Vital statistics of India. Vol. IV, Annual returns from 1871 to 1876. British Army of India, Native Army and jails of Bengal
Year: 1871
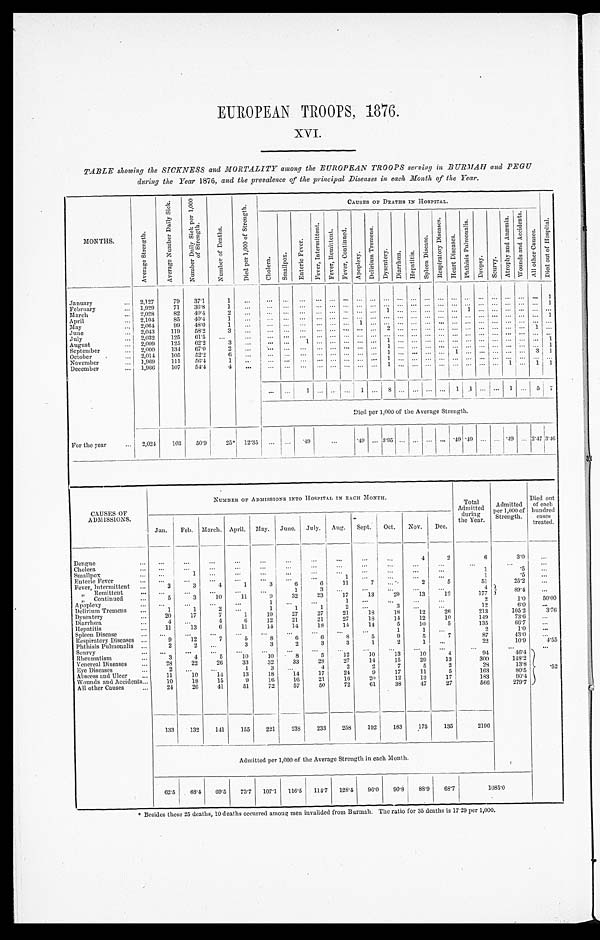
EUROPEAN TROOPS, 1876.
XVI.
TABLE showing the SICKNESS and MORTALITY among the EUROPEAN TROOPS serving in BURMAH and PEGU
during the Year 1876, and the prevalence of the principal Diseases in each Month of the Year.
MONTHS .
A v e r a g e S t r e n g t h .
A v e r a g e N u m b e r D a i l y
S i c k .
N u m b e r D a i l y S i c k p e r 1 , 0 0 0 o f S t r e n g t h .
N u m b e r o f D e a t h s .
D i e d p e r 1 , 0 0 0 o f
S t r e n g t h .
CAUSES OF DEATHS IN HOSPITAL.
C h o l e r a .
S m a l l p o x .
E n t e r i c F e v e r .
F e v e r , I n t e r m i t t e n t .
F e v e r e s , R e m i t t e n t . F e v e r , C o n t i n u e d .
A p o p l e x y .
D e l i r i u m T r e m e n s .
D y s e n t e r y . D i a r r h œ a .
H e p a t i t i s .
S p l e e n D i s e a s e .
R e s p i r a t o r y D i s e a s e s . H e a r t D i s e a s e s .
P h t h s i s P u l m o n a l i s .
D r o p s y .
S c u r v y .
A t r o p h y a n d
A n æ m i a .
W o u n d s a n d A c c i d e n t s .
A l l o t h e r C a u s e s . D i e d o u t o f H o s p i t a l .
January
... 2,127
79
37.1
1
...
...
. . .
... ...
. . .
... ... ... ... ...
. . .
... ...
. . .
. . .
. . . . . . . . . . . .
. . .
1
February
... 1,929
71
36.8
1
...
. . .
. . .
. . . . . .
. . . . . . . . . . . .
. . . . . . . . . .
. . . . . . . . . . . .
. . . . . . . . . . . .
. . .
1
March
... 2,028
82
40.4
2
...
. . .
. . .
. . .
. . .
. . . . . . . . . . . .
1 . . . . . .
. . . . . . . . . 1
. . . . . . . . . . . .
. . .
. . .
April
. . . 2,104
85
40.4
1
. . . ... ...
. . .
. . . ... ... ...
. . . ... ...
. . . ...
. . . . . . ... ... ... ... ...
. . .
1
May
...
2 , 0 6 4
99
48.0
1
...
... ...
. . . ...
. . . ...
1 . . .
. . . . . . . . .
. . . ...
... ... ... ...
. . . . . . ... ...
June
... . 2,043
119
58.2
3
. . . . . .
. . .
. . . . . .
. . . . . . . . . . . . 2
. . . . . .
. . . . . . . . . . . . . . .
. . . . . . . . .
1
. . .
July
... 2,032
125
61.5
...
...
... ...
. . . ...
. . . . . . . . . ... ... ... ...
. . . . . . ... ... ...
. . . ... ...
. . .
. . .
August
... 2,009
125
62.2
3
...
... ...
1 . . .
. . . ...
. . . ...
1 . . . . . .
. . . . . . . . . . . . . . .
. . . . . . . . .
. . .
1
Sept ember
. . . 2,000
134
67.0
2
. . . ... ...
. . . ... ...
. . . ... ...
1 . . . . . .
. . . . . . ... ... . . . ... ...
. . .
. . .
1
October
. . . 2,014
105
52.2
6
. . . ...
. . . ... ...
. . . ...
. . . ...
1 . . . . . .
. . . . . . 1 . . . . . .
. . . . . . . . .
3 1
November
... 1,969
111
56.4
1
. . .
. . .
. . .
. . . . . . . . . . . .
. . . ...
1 . . . . . .
. . . . . . . . . . . .
. . . ... ... ... ... ...
December
... 1,966
107
54.4
4
. . .
. . .
. . .
. . . . . . . . . . . . . . . . . .
1 ...
. . .
... ... ... ... ... ... 1 ... 1 1
... ...
l
. . . . . . . . . 1 . . .
8 . . . . . .
. . . . . .
1
1
. . . . . . 1 . . . 5 7
Died per 1,000 of the Average Strength.
For the year
... 2,024
103
50.9
25* 12.35
. . .
...
. 4 9
. . . . 4 9 ... 3.95 ... ... ... ...
. 4 9 . 4 9
. . . ...
. 4 9 ... 2.47 3.46
CAUSES OF
ADMISSIONS.
NUMBER OF ADMISSIONS INTO HOSPITAL IN EACH MONTH.
Total
Admitted
during
the Year.
Admitted
per 1,000 of
Strength.
Died out
of' each
hundred cases
treated.
Jan.
Feb. March. April. May. June. July. Aug. Sept. Oct.
Nov.
Dec.
Dengue
...
...
...
. . .
...
...
...
...
...
. . .
...
4
2
6
3.0
...
Cholera
...
...
...
...
. . .
. . .
...
. . .
. . .
. . .
...
...
. . .
...
. . .
. . .
Smallpox
. . .
. . .
1
. . .
...
. . .
. . .
. . . ...
. . .
...
...
...
. 1
. 5
. . .
Enteric Fever
...
...
...
...
...
...
...
...
1
...
...
...
...
1
. 5
. . .
Fever, Intermittent
. . .
3
3
4
1
3
6
6
11
7
. . .
2
5
51
25.2
. . .
,,
Remittent
...
...
...
..,
...
...
1
3
. . . ...
...
...
...
4
89.4
5 0 . 0 0
„ Continued
...
5
3
10
11
9
32
23
17
13
29
13
12
177
Apoplexy
...
...
...
...
. . .
1
. . . ...
1
. . . ...
. . .
. . .
2
1.0
50.00
Delirium Tremens
...
1
1
2
. . .
1
1
1
2
. . .
3
. . . ...
12
6 . 0
...
Dysentery
. . .
20
17
7
1
19
27
27
21
18
18
12
26
213
105.2
3 . 7 6
Diarrhœa
...
4
. . .
4
6
12
21
21
27
18
14
12
10
149
73.6
. . .
Hepatitis
. . .
11
13
6
11
14
14
18
14
14
5
10
5
135
66.7
. . .
Spleen Disease
. . .
. . .
. . .
. . .
. . .
. . .
. . . ...
...
...
1
1
. . .
2
1.0
...
Respiratory Diseases
...
9
12
7
5
8
6
6
8
5
9
5
7
87
43.0
. . .
Phthisis Pulmonalis ...
2
2
. . .
3
3
2
3
3
1
2
1
. . .
22
10'9
4'55
Scurvy
...
...
. . .
. . .
. . .
. . .
. . .
. . .
. . .
. . .
. . .
. . .
. . .
. . .
...
...
Rheumatism
...
3
4
5
10
10
8
5
12
1 0
13
10
4
94
46.4
. 5 2
Venereal Diseases
. . .
28
22
26
33
32
33
28
27
14
15
29
13
300
148.2
Eye Diseases
...
2
. . .
. . .
1
3 . . .
4
2
2
7
5
2
29
13'8
Abscess and Ulcer
...
11
10
14
13
18
14
17
24
9
17
11
5
163
80'5
Wounds and Accidents...
10
18
35
9
16
16
21
16
20
12
13
17
183
90'4
All other Causes
...
24
20
41
51
72
57
50
72
61
38
47
27
566
279'7
133
132
141
155
221
238
233
258
192
183
175
135
2196
Admitted per 1,000 of the Average Strength in each Month.
62'5
68'4
69'5
73.7 107.1 116.5 114.7 128.4 96'0
90'8
88'9
68'7
1085'0
* Besides these 25 deaths, 10 deaths occurred among men invalided from Burmah.The ratio for 35 deaths is 17'29 per 1,000.